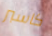
كاسبر